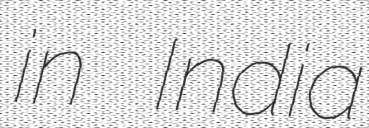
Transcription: in India